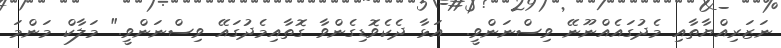
ނަޒަރިއްޔާތާއި މެދުގައެއްނޫނޭ ވިސްނަންވީ.  އަޅާ ދެކެވޮޑިގެންވާ ގޮތާއިމެދުގައޭ ވިސްނަންވީ." މަލާކް މަންމަ